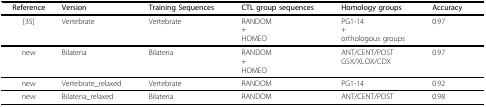
<table><thead><tr><td><b>Reference</b></td><td><b>Version</b></td><td><b>Training Sequences</b></td><td><b>CTL group sequences</b></td><td><b>Homology groups</b></td><td><b>Accuracy</b></td></tr></thead><tbody><tr><td>[35]</td><td>Vertebrate</td><td>Vertebrate</td><td>RANDOM+HOMEO</td><td>PG1-14+orthologous groups</td><td>0.97</td></tr><tr><td>new</td><td>Bilateria</td><td>Bilateria</td><td>RANDOM+HOMEO</td><td>ANT/CENT/POSTGSX/XLOX/CDX</td><td>0.97</td></tr><tr><td>new</td><td>Vertebrate_relaxed</td><td>Vertebrate</td><td>RANDOM</td><td>PG1-14</td><td>0.92</td></tr><tr><td>new</td><td>Bilateria_relaxed</td><td>Bilateria</td><td>RANDOM</td><td>ANT/CENT/POST</td><td>0.98</td></tr></tbody></table>